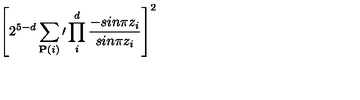
\left[ 2 ^ { 5 - d } \sum _ { { \bf P } ( i ) } \prime \prod _ { i } ^ { d } { \frac { - s i n \pi z _ { i } } { s i n \pi z _ { i } } } \right] ^ { 2 }